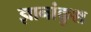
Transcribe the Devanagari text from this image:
ज्ञानांकुश